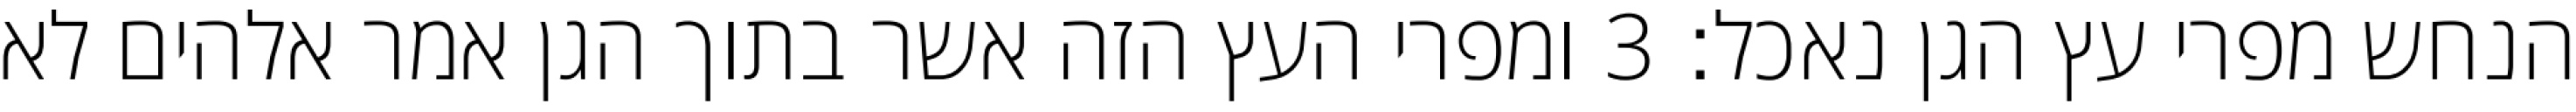
הנחש מפרי עץ הגן נאכל׃ ‎3‏ ומפרי העץ הזה אשר בתוך הגן אמר אלהים לא